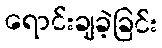
ရောင်းချခဲ့ခြင်း